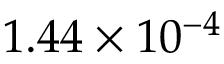
1 . 4 4 \times 1 0 ^ { - 4 }